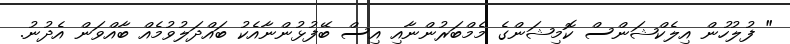
" ފުލުހުން އިލެކްޝަންސް ކޮމިޝަންގެ މެމްބަރުންނާއި އިސް ބޭފުޅުންނާއެކު ބައްދަލުވުމެއް ބާއްވަން އެދުނު.